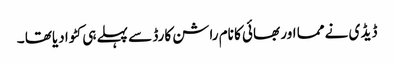
ڈیڈ ی نے مما اور بھائی کا نام راشن کارڈ سے پہلے ہی کٹوا دیاتھا ۔